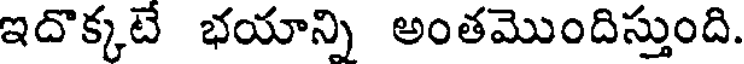
ఇదొక్కటే భయాన్ని అంతమొందిస్తుంది.